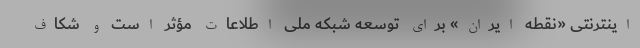
اینترنتی «نقطه ایران» برای توسعه شبکه ملی اطلاعات مؤثر است و شکاف